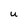
Character: u